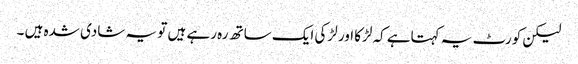
لیکن کورٹ یہ کہتاہے کہ لڑکا اور لڑکی ایک ساتھ رہ رہے ہیں تو یہ شادی شدہ ہیں ۔